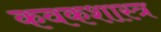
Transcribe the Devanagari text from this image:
कवकशास्त्र